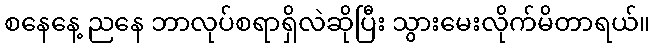
စနေနေ့ ညနေ ဘာလုပ်စရာရှိလဲဆိုပြီး သွားမေးလိုက်မိတာရယ်။